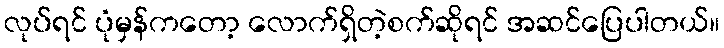
လုပ်ရင် ပုံမှန်ကတော့ လောက်ရှိတဲ့စက်ဆိုရင် အဆင်ပြေပါတယ်။